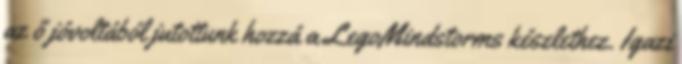
az ő jóvoltából jutottunk hozzá a LegoMindstorms készlethez. Igazi